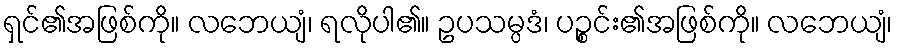
ရှင်၏အဖြစ်ကို။ လဘေယျံ၊ ရလိုပါ၏။ ဥပသမ္ပဒံ၊ ပဉ္စင်း၏အဖြစ်ကို။ လဘေယျံ၊